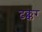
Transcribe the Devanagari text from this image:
ढक्कर